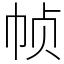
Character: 帧